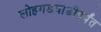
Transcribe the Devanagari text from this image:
लोहगडवाडीपर्यंत